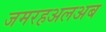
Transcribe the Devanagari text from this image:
जमरहअलअब